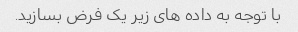
با توجه به داده های زیر یک فرض بسازید.